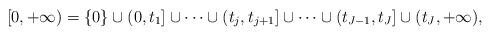
LaTeX: \begin{align*}[0, +\infty) = \{0\} \cup (0, t_1] \cup \dots \cup (t_j, t_{j+1}] \cup \dots \cup (t_{J-1}, t_J] \cup (t_J, +\infty),\end{align*}